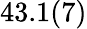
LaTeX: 43.1(7)